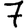
Digit: 7